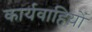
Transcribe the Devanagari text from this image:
कार्यवाहिय़ों